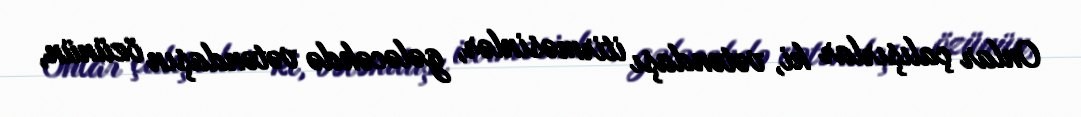
Onlar çalışırlar ki, vətəndaşı itirməsinlər, gələcəkdə vətəndaşın özünün,